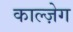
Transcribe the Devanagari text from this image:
काल्ज़ेग